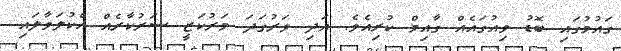
ގައުމުގައި ބޮޑު ވިއުގައެއް ގާއިމް ކުރިއެވެ. އަދި ވަރުގަދަ މަރުކަޒީ ސަރުކާރެއް އެކުލަވާލައި